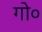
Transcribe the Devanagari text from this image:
गो०